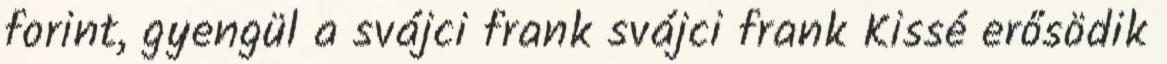
forint, gyengül a svájci frank svájci frank Kissé erősödik